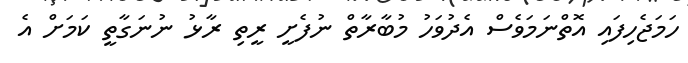
ހަމަޖެހިފައި އޮތްނަމަވެސް އެދުވަހު މުބާރާތް ނުފެށީ ރީތި ރާޅު ނުނަގާތީ ކަމަށް އެ